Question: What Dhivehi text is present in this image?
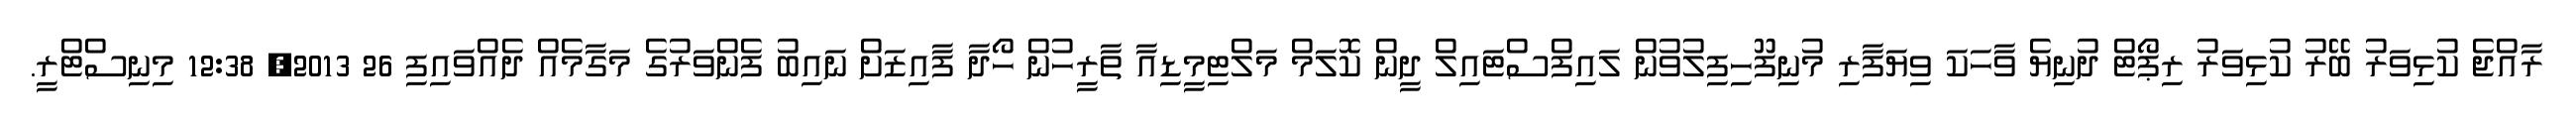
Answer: ރާއްޖެ ކުޅިވަރު ބޭރު ކުޅިވަރު ރިޕޯޓް ދުނިޔެ ވާހަކަ ވިޔަފާރި މުނިފޫހިފިލުވުން ލައިފްސްޓައިލް ދީން ކޮލަމް މަލްޓިމީޑިއާ ތާރީހުން ހޯދާ ފާއިޒަށް ނައިބު ފެންވަރުގެ މަގާމެއް ދެއްވައިފި 26 2013, 12:38 މިނިސްޓްރީ.